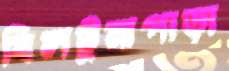
বিলটুনাপাড়া